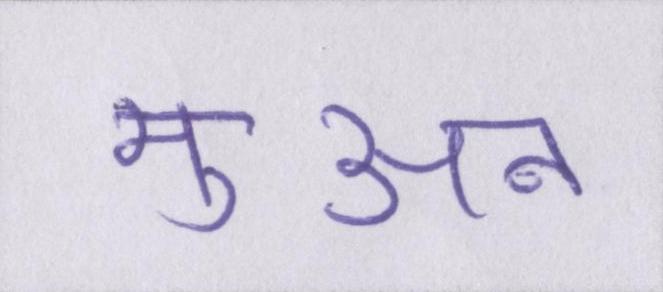
मुअन